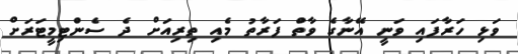
ވަޅި ހަރާފައި ވަނީ އޭނާގެ ވާތް ފަރާތު މެއި ތިރިއަށް ދެ ސެންޓިމީޓަރަށް